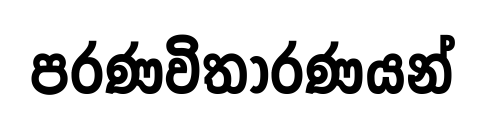
පරණවිතාරණයන්